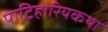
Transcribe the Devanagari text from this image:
पाटिहारियकथा